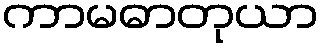
ကာမဓာတုယာ